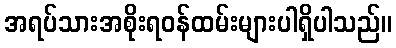
အရပ်သားအစိုးရဝန်ထမ်းများပါရှိပါသည်။